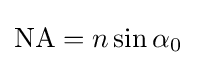
\mathrm {NA} =n\sin \alpha _{0}\;